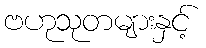
ဗဟုသုတများနှင့်